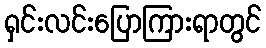
ရှင်းလင်းပြောကြားရာတွင်